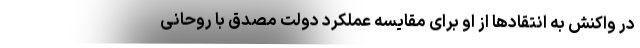
در واکنش به انتقادها از او برای مقایسه عملکرد دولت مصدق با روحانی